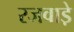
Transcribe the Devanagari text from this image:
रजवाडे़